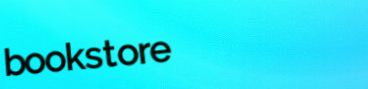
bookstore